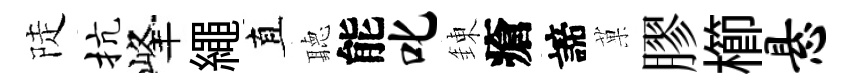
陡抗峰繩直聽能叱錬瘡諦菓膠櫛悬